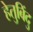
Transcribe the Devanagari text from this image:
हेतुबिंदु